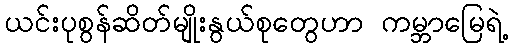
ယင်းပုစွန်ဆိတ်မျိုးနွယ်စုတွေဟာ ကမ္ဘာမြေရဲ့